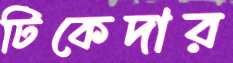
টিকেদার